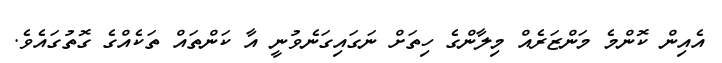
އެއިން ކޮންމެ މަންޒަރެއް މިލާންގެ ހިތަށް ނަގައިގަނެވުނީ އާ ކަންތައް ތަކެއްގެ ގޮތުގައެވެ.